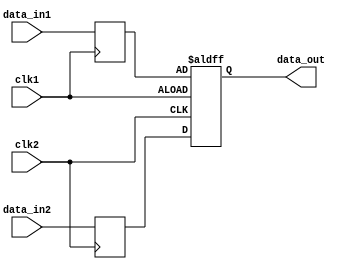
module TimingControlAndSync(
    input wire clk1,
    input wire clk2,
    input wire [3:0] data_in1,
    input wire [3:0] data_in2,
    output reg [3:0] data_out
);

reg [3:0] synced_data1;
reg [3:0] synced_data2;

always @(posedge clk1) begin
    synced_data1 <= data_in1;
end

always @(posedge clk2) begin
    synced_data2 <= data_in2;
end

always @(posedge clk1 or posedge clk2) begin
    if (clk1) begin
        data_out <= synced_data1;
    end else begin
        data_out <= synced_data2;
    end
end

endmodule